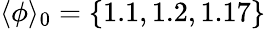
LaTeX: \langle\phi\rangle_{0}=\{ 1.1,1.2,1.17\}